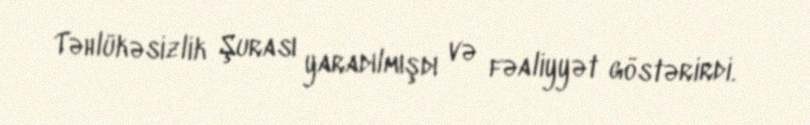
Təhlükəsizlik Şurası yaradılmışdı və fəaliyyət göstərirdi.